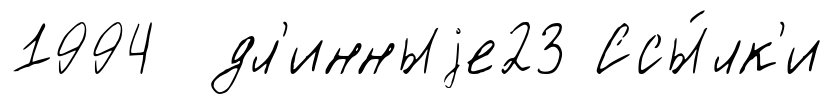
1994 дл'инныjе23 Ссы́лк'и